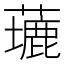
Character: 𦿖